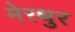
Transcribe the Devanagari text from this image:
मेरथुर